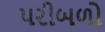
પરીબળો